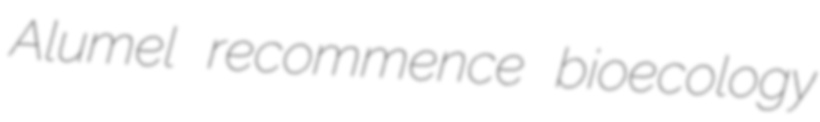
Alumel recommence bioecology